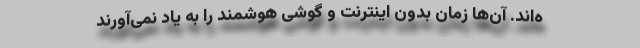
ه‌اند. آن‌ها زمان بدون اینترنت و گوشی‌ هوشمند را به یاد نمی‌آورند